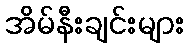
အိမ်နီးချင်းများ